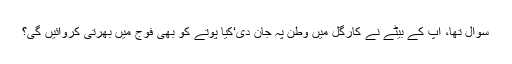
سوال تھا، آپ کے بیٹے نے کارگل میں وطن پہ جان دی‘کیا پوتے کو بھی فوج میں بھرتی کروائیں گی؟